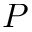
P